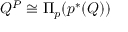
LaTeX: Q ^ { P } \cong \Pi _ { p } ( p ^ { * } ( Q ) )